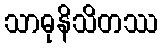
သာဓုနိသိတဿ